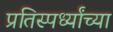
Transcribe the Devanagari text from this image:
प्रतिस्पर्ध्यांच्या